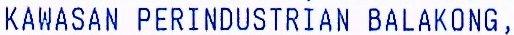
KAWASAN PERINDUSTRIAN BALAKONG,